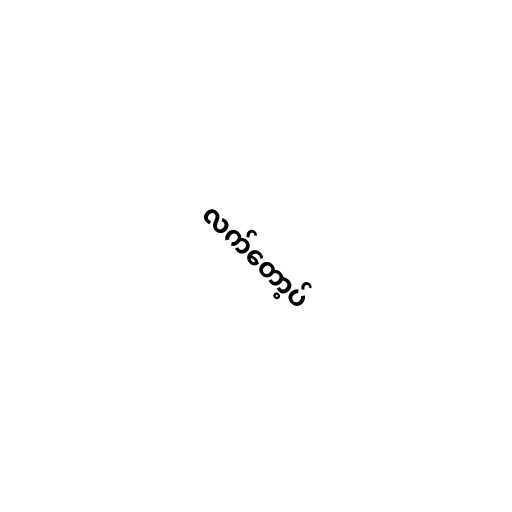
လက်တော့ပ်